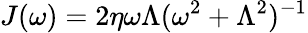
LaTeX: J(\omega)=2\eta{\omega\Lambda}(\omega^{2}+\Lambda^{2})^{-1}